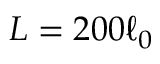
L = 2 0 0 \ell _ { 0 }